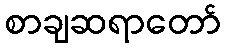
စာချဆရာတော်